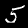
Digit: 5